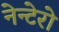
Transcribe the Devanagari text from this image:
नेन्टेरो